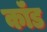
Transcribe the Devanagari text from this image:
कॉंड